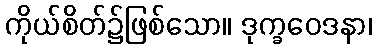
ကိုယ်စိတ်၌ဖြစ်သော။ ဒုက္ခဝေဒနာ၊